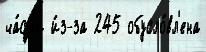
ча́ст'и и́з-за 245 обусло́вл'ена